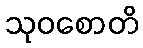
သုဝစောတိ